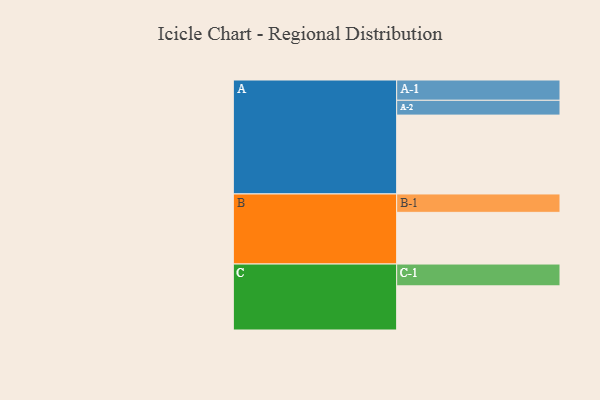
{"axis": {"x": "Segment", "y": "Value"}, "legend": ["", "A", "B", "C"], "data": [{"x": "A", "y": 575, "type": ""}, {"x": "B", "y": 377, "type": ""}, {"x": "C", "y": 322, "type": ""}, {"x": "A-1", "y": 148, "type": "A"}, {"x": "A-2", "y": 108, "type": "A"}, {"x": "B-1", "y": 134, "type": "B"}, {"x": "C-1", "y": 159, "type": "C"}]}